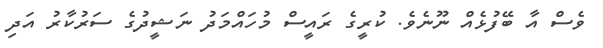
ވެސް އާ ބޭފުޅެއް ނޫނެވެ. ކުރީގެ ރައީސް މުހައްމަދު ނަޝީދުގެ ސަރުކާރު އަދި